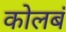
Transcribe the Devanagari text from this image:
कोलबं